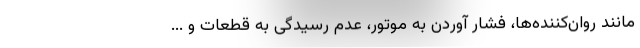
مانند روان‌کننده‌ها، فشار آوردن به موتور، عدم رسیدگی به قطعات و ...